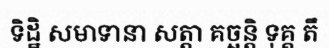
ទិដ្ឋិ សមាទានា សត្តា គច្ឆន្តិ ទុគ្គ តឹ